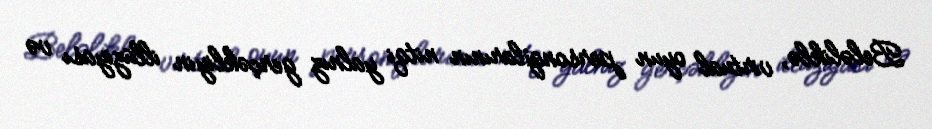
Beləliklə, virtual oyun personajlarının nitqi yalnız gerçəkliyin illüziyası və